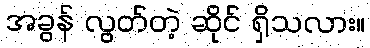
အခွန် လွတ်တဲ့ ဆိုင် ရှိသလား။